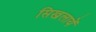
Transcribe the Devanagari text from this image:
सिखलायें